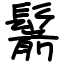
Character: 鬋